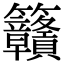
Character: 𥸡